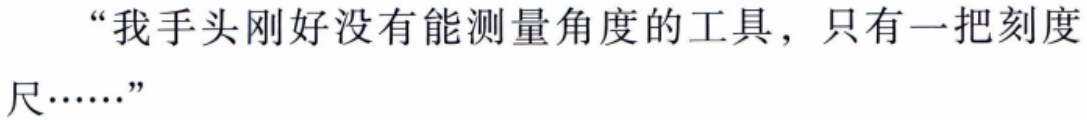
“我手头刚好没有能测量角度的工具，只有一把刻度尺……”